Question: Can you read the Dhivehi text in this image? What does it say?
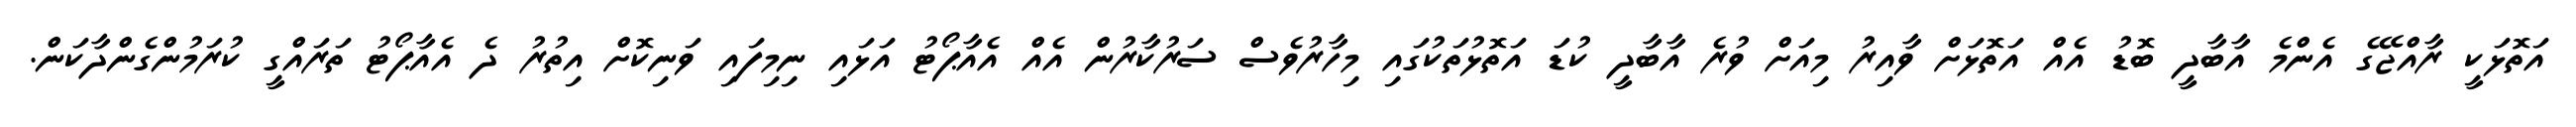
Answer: އަތޮޅަކީ ރާއްޖޭގެ އެންމެ އާބާދީ ބޮޑު އެއް އަތޮޅަށް ވާއިރު މިއަށް ވުރެ އާބާދީ ކުޑަ އަތޮޅުތަކުގައި މިހާރުވެސް ސަރުކާރުން އެއް އެއާޕޯޓު އަޅައި ނިމިފައި ވަނިކޮށް އިތުރު ދެ އެއާޕޯޓު ތަރައްގީ ކުރަމުންގެންދާކަން.